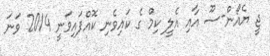
ޖީ ޔެއޯން-ސޫ އާއި އެލީ ކިމް ގެ ކައިވެނި ކޮއްފައިވަނީ 2014 ވަނަ